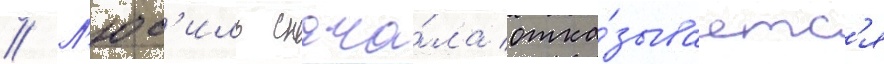
// Л'юс'иль снача́ла отка́зываетс'я